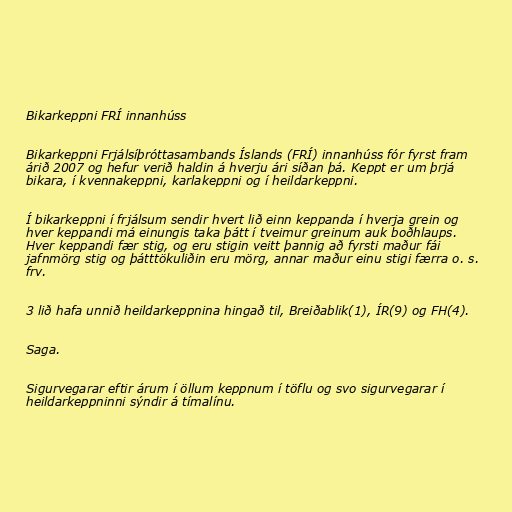
Bikarkeppni FRÍ innanhúss

Bikarkeppni Frjálsíþróttasambands Íslands (FRÍ) innanhúss fór fyrst fram
árið 2007 og hefur verið haldin á hverju ári síðan þá. Keppt er um þrjá
bikara, í kvennakeppni, karlakeppni og í heildarkeppni.

Í bikarkeppni í frjálsum sendir hvert lið einn keppanda í hverja grein og
hver keppandi má einungis taka þátt í tveimur greinum auk boðhlaups.
Hver keppandi fær stig, og eru stigin veitt þannig að fyrsti maður fái
jafnmörg stig og þátttökuliðin eru mörg, annar maður einu stigi færra o. s.
frv.

3 lið hafa unnið heildarkeppnina hingað til, Breiðablik(1), ÍR(9) og FH(4).

Saga.

Sigurvegarar eftir árum í öllum keppnum í töflu og svo sigurvegarar í
heildarkeppninni sýndir á tímalínu.